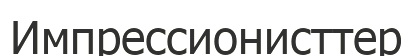
Импрессионисттер